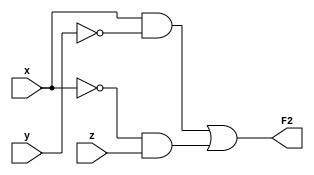
`timescale 1ns / 1ps
//////////////////////////////////////////////////////////////////////////////////
// Company: 
// Engineer: 
// 
// Design Name: 
// Module Name: ornek3
// Project Name: 
// Target Devices: 
// Tool Versions: 
// Description: 
// 
// Dependencies: 
// 
// Revision:
// Revision 0.01 - File Created
// Additional Comments:
// 
//////////////////////////////////////////////////////////////////////////////////


module ornek3
(
input x,
input y,
input z,
output F2
);

wire x_not;
wire y_not;
wire and1_out;
wire and2_out;

not G1 (x_not,x);
not G2 (y_not,y);
and G3 (and1_out,x,y_not);
and G4 (and2_out,x_not,z);
or G5 (F2,and1_out,and2_out);

endmodule